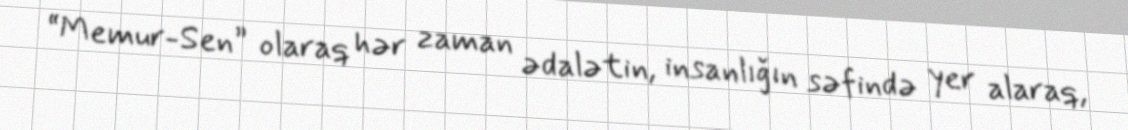
“Memur-Sen” olaraq hər zaman ədalətin, insanlığın səfində yer alaraq,